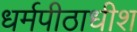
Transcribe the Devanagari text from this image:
धर्मपीठाधीश